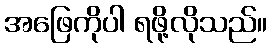
အဖြေကိုပါ ရဖို့လိုသည်။